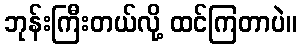
ဘုန်းကြီးတယ်လို့ ထင်ကြတာပဲ။